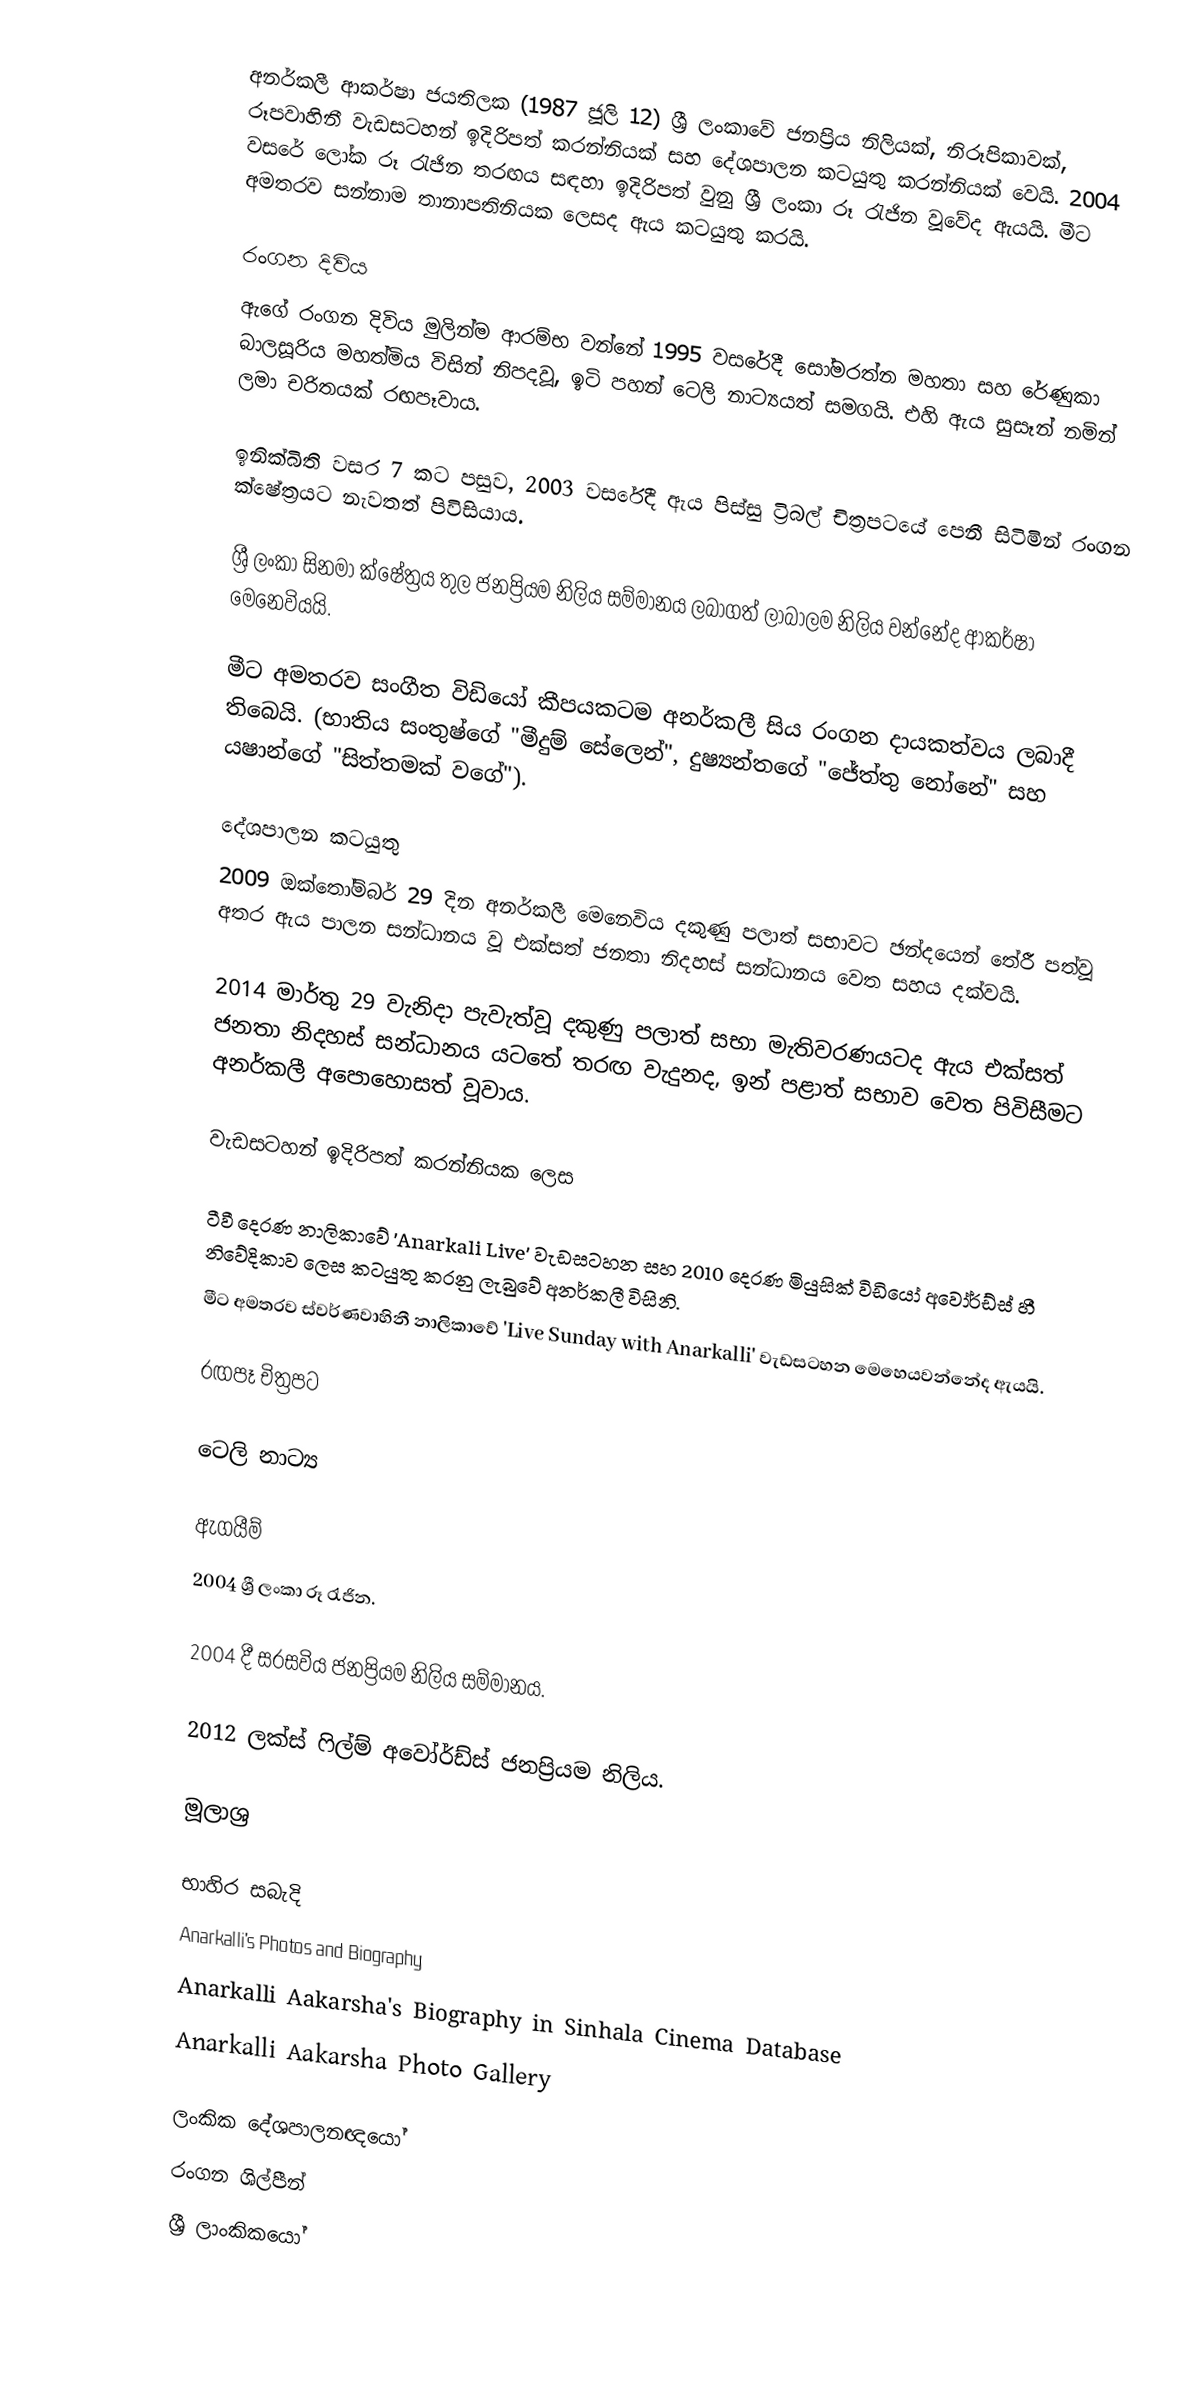
අනර්කලී ආකර්ෂා ජයතිලක (1987 ජූලි 12) ශ්‍රී ලංකාවේ ජනප්‍රිය නිලියක්, නිරූපිකාවක්, රූපවාහිනී වැඩසටහන් ඉදිරිපත් කරන්නියක් සහ දේශපාලන කටයුතු කරන්නියක් වෙයි. 2004 වසරේ ලෝක රූ රැජින තරඟය සඳහා ඉදිරිපත් වුනු ශ්‍රී ලංකා රූ රැජින වූවේද ඇයයි. මීට අමතරව සන්නාම තානාපතිනියක ලෙසද ඇය කටයුතු කරයි.

රංගන දිවිය
ඇගේ රංගන දිවිය මුලින්ම ආරම්භ වන්නේ 1995 වසරේදී සෝමරත්න මහතා සහ රේණුකා බාලසූරිය මහත්මිය විසින් නිපදවූ, ඉටි පහන් ටෙලි නාට්‍යයත් සමගයි. එහි ඇය සුසෑන් නමින් ලමා චරිතයක් රඟපෑවාය.

ඉනික්බිති වසර 7 කට පසුව, 2003 වසරේදී ඇය පිස්සු ට්‍රිබල්  චිත්‍රපටයේ පෙනී සිටිමින් රංගන ක්ෂේත්‍රයට නැවතත් පිවිසියාය.

ශ්‍රී ලංකා සිනමා ක්ෂේත්‍රය තුල ජනප්‍රියම නිලිය සම්මානය ලබාගත් ලාබාලම නිලිය වන්නේද ආකර්ෂා මෙනෙවියයි.

මීට අමතරව සංගීත විඩියෝ කීපයකටම අනර්කලී සිය රංගන දායකත්වය ලබාදී තිබෙයි. (භාතිය සංතුෂ්ගේ "මීදුම් සේලෙන්", දුෂ්‍යන්තගේ "ජේත්තු නෝනේ" සහ යෂාන්ගේ "සිත්තමක් වගේ").

දේශපාලන කටයුතු
2009 ඔක්තෝම්බර් 29 දින අනර්කලී මෙනෙවිය දකුණු පලාත් සභාවට ඡන්දයෙන් තේරී පත්වූ අතර ඇය පාලන සන්ධානය වූ එක්සත් ජනතා නිදහස් සන්ධානය වෙත සහය දක්වයි.

2014 මාර්තු 29 වැනිදා පැවැත්වූ දකුණු පලාත් සභා මැතිවරණයටද ඇය එක්සත් ජනතා නිදහස් සන්ධානය යටතේ තරඟ වැදුනද, ඉන් පළාත් සභාව වෙත පිවිසීමට අනර්කලී අපොහොසත් වූවාය.

වැඩසටහන් ඉදිරිපත් කරන්නියක ලෙස

ටීවී දෙරණ නාලිකාවේ 'Anarkali Live' වැඩසටහන සහ 2010 දෙරණ මියුසික් විඩියෝ අවෝර්ඩ්ස් හී නිවේදිකාව ලෙස කටයුතු කරනු ලැබුවේ අනර්කලී විසිනි.
මීට අමතරව ස්වර්ණවාහිනී නාලිකාවේ 'Live Sunday with Anarkalli' වැඩසටහන මෙහෙයවන්නේද ඇයයි.

රඟපෑ චිත්‍රපට

ටෙලි නාට්‍ය

ඇගයීම්
2004 ශ්‍රී ලංකා රූ රැජින.

2004 දී සරසවිය ජනප්‍රියම නිලිය සම්මානය.

2012 ලක්ස් ෆිල්ම් අවෝර්ඩ්ස් ජනප්‍රියම නිලිය.

මූලාශ්‍ර

භාහිර සබැදි
Anarkalli's Photos and Biography
Anarkalli Aakarsha's Biography in Sinhala Cinema Database
Anarkalli Aakarsha Photo Gallery

ලංකික දේශපාලනඥයෝ
රංගන ශිල්පීන්
ශ්‍රී ලාංකිකයෝ